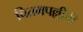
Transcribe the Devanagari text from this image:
चितमपल्लींची